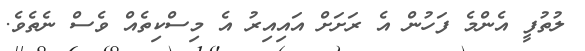
ލުތުފީ އެންމެ ފަހުން އެ ރަށަށް އައިއިރު އެ މިސްކިތެއް ވެސް ނެތެވެ.